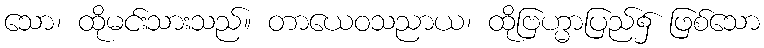
သော၊ ထိုမင်းသားသည်။ တာယေဝသညာယ၊ ထိုဗြဟ္မာပြည်၌ ဖြစ်သော